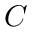
C